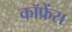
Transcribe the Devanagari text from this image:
कॉफ्रेंस